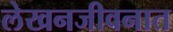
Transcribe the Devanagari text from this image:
लेखनजीवनात